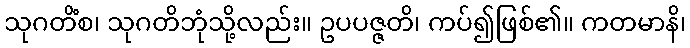
သုဂတိံစ၊ သုဂတိဘုံသို့လည်း။ ဥပပဇ္ဇတိ၊ ကပ်၍ဖြစ်၏။ ကတမာနိ၊